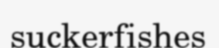
suckerfishes